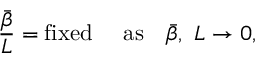
{ \frac { \bar { \beta } } { L } } = \mathrm { f i x e d ~ ~ ~ ~ a s } \quad { \bar { \beta } } , ~ L \rightarrow 0 ,